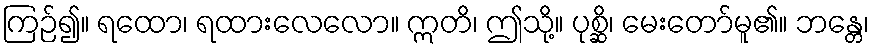
ကြဉ်၍။ ရထော၊ ရထားလေလော။ ဣတိ၊ ဤသို့။ ပုစ္ဆိ၊ မေးတော်မူ၏။ ဘန္တေ၊